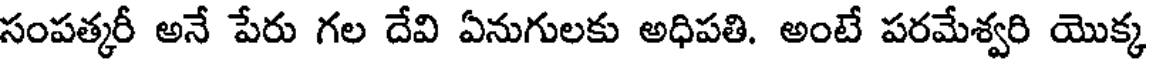
సంపత్కరీ అనే పేరు గల దేవి ఏనుగులకు అధిపతి. అంటే పరమేశ్వరి యొక్క